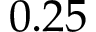
0 . 2 5